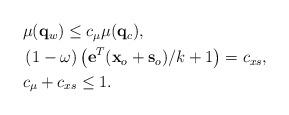
LaTeX: \begin{align*}\begin{aligned}& \mu ({{\mathbf{q}}_w})\le{{c}_{\mu }}\mu ({{\mathbf{q}}_c}), \\ & \left( 1-\omega \right)\left( \mathbf{e}^T({{\mathbf{x}}_{o}}+{{\mathbf{s}}_{o}})/k+1 \right)={{c}_{xs}}, \\ & {{c}_{\mu }}+{{c}_{xs}}\le1. \\ \end{aligned}\end{align*}